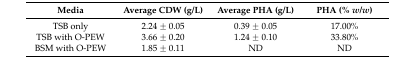
<table><thead><tr><td><b>Media</b></td><td><b>Average CDW (g/L)</b></td><td><b>Average PHA (g/L)</b></td><td><b>PHA (% <i>w</i>/<i>w</i>)</b></td></tr></thead><tbody><tr><td>TSB only</td><td>2.24 ± 0.05</td><td>0.39 ± 0.05</td><td>17.00%</td></tr><tr><td>TSB with O-PEW</td><td>3.66 ± 0.20</td><td>1.24 ± 0.10</td><td>33.80%</td></tr><tr><td>BSM with O-PEW</td><td>1.85 ± 0.11</td><td>ND</td><td>ND</td></tr></tbody></table>